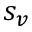
s _ { v }